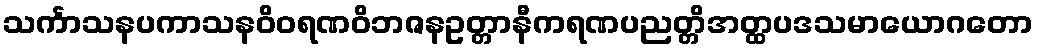
သင်္ကာသနပကာသနဝိဝရဏဝိဘဇနဥတ္တာနီကရဏပညတ္တိအတ္ထပဒသမာယောဂတော